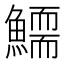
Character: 𩻞